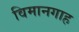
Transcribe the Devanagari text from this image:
विमानगाह